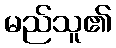
မည်သူ၏